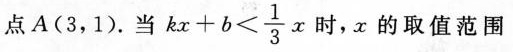
点A(3，1)。当 $$k x + b < \frac { 1 } { 3 } x$$ 时，x的取值范围